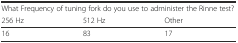
<table><thead><tr><td colspan="3"><b>What Frequency of tuning fork do you use to administer the Rinne test?</b></td></tr><tr><td><b>256 Hz</b></td><td><b>512 Hz</b></td><td><b>Other</b></td></tr></thead><tbody><tr><td>16</td><td>83</td><td>17</td></tr></tbody></table>